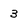
Character: 3